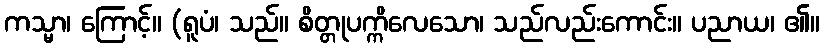
ကသ္မာ၊ ကြောင့်။ (ရူပံ၊ သည်။ စိတ္တုပက္ကိလေသော၊ သည်လည်းကောင်း။ ပညာယ၊ ၏။